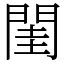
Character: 閨